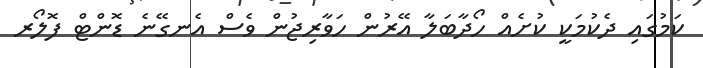
ކަމުގައި ދެކުމަކީ ކުށެއް ހޯދާބަލާ އޭރުން ހަވާރިޖުން ވެސް އެނގޭނެ ޑޮންޓް ފޮލޯރ